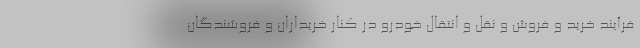
فرآیند خرید و فروش و نقل و انتقال خودرو در کنار خریداران و فروشندگان